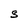
Character: S